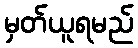
မှတ်ယူရမည်